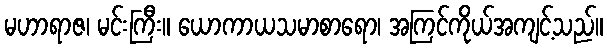
မဟာရာဇ၊ မင်းကြီး။ ယောကာယသမာစာရော၊ အကြင်ကိုယ်အကျင့်သည်။